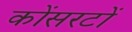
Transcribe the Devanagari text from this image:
कोंसरटों